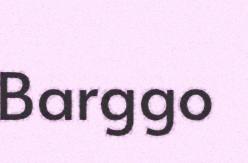
Barggo